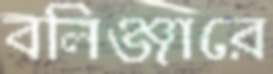
বলিঞ্জারে